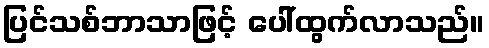
ပြင်သစ်ဘာသာဖြင့် ပေါ်ထွက်လာသည်။